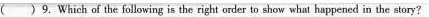
( )9.Which of the following is the right order to show what happened in the story?